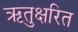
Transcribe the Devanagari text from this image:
ऋतुक्षरित